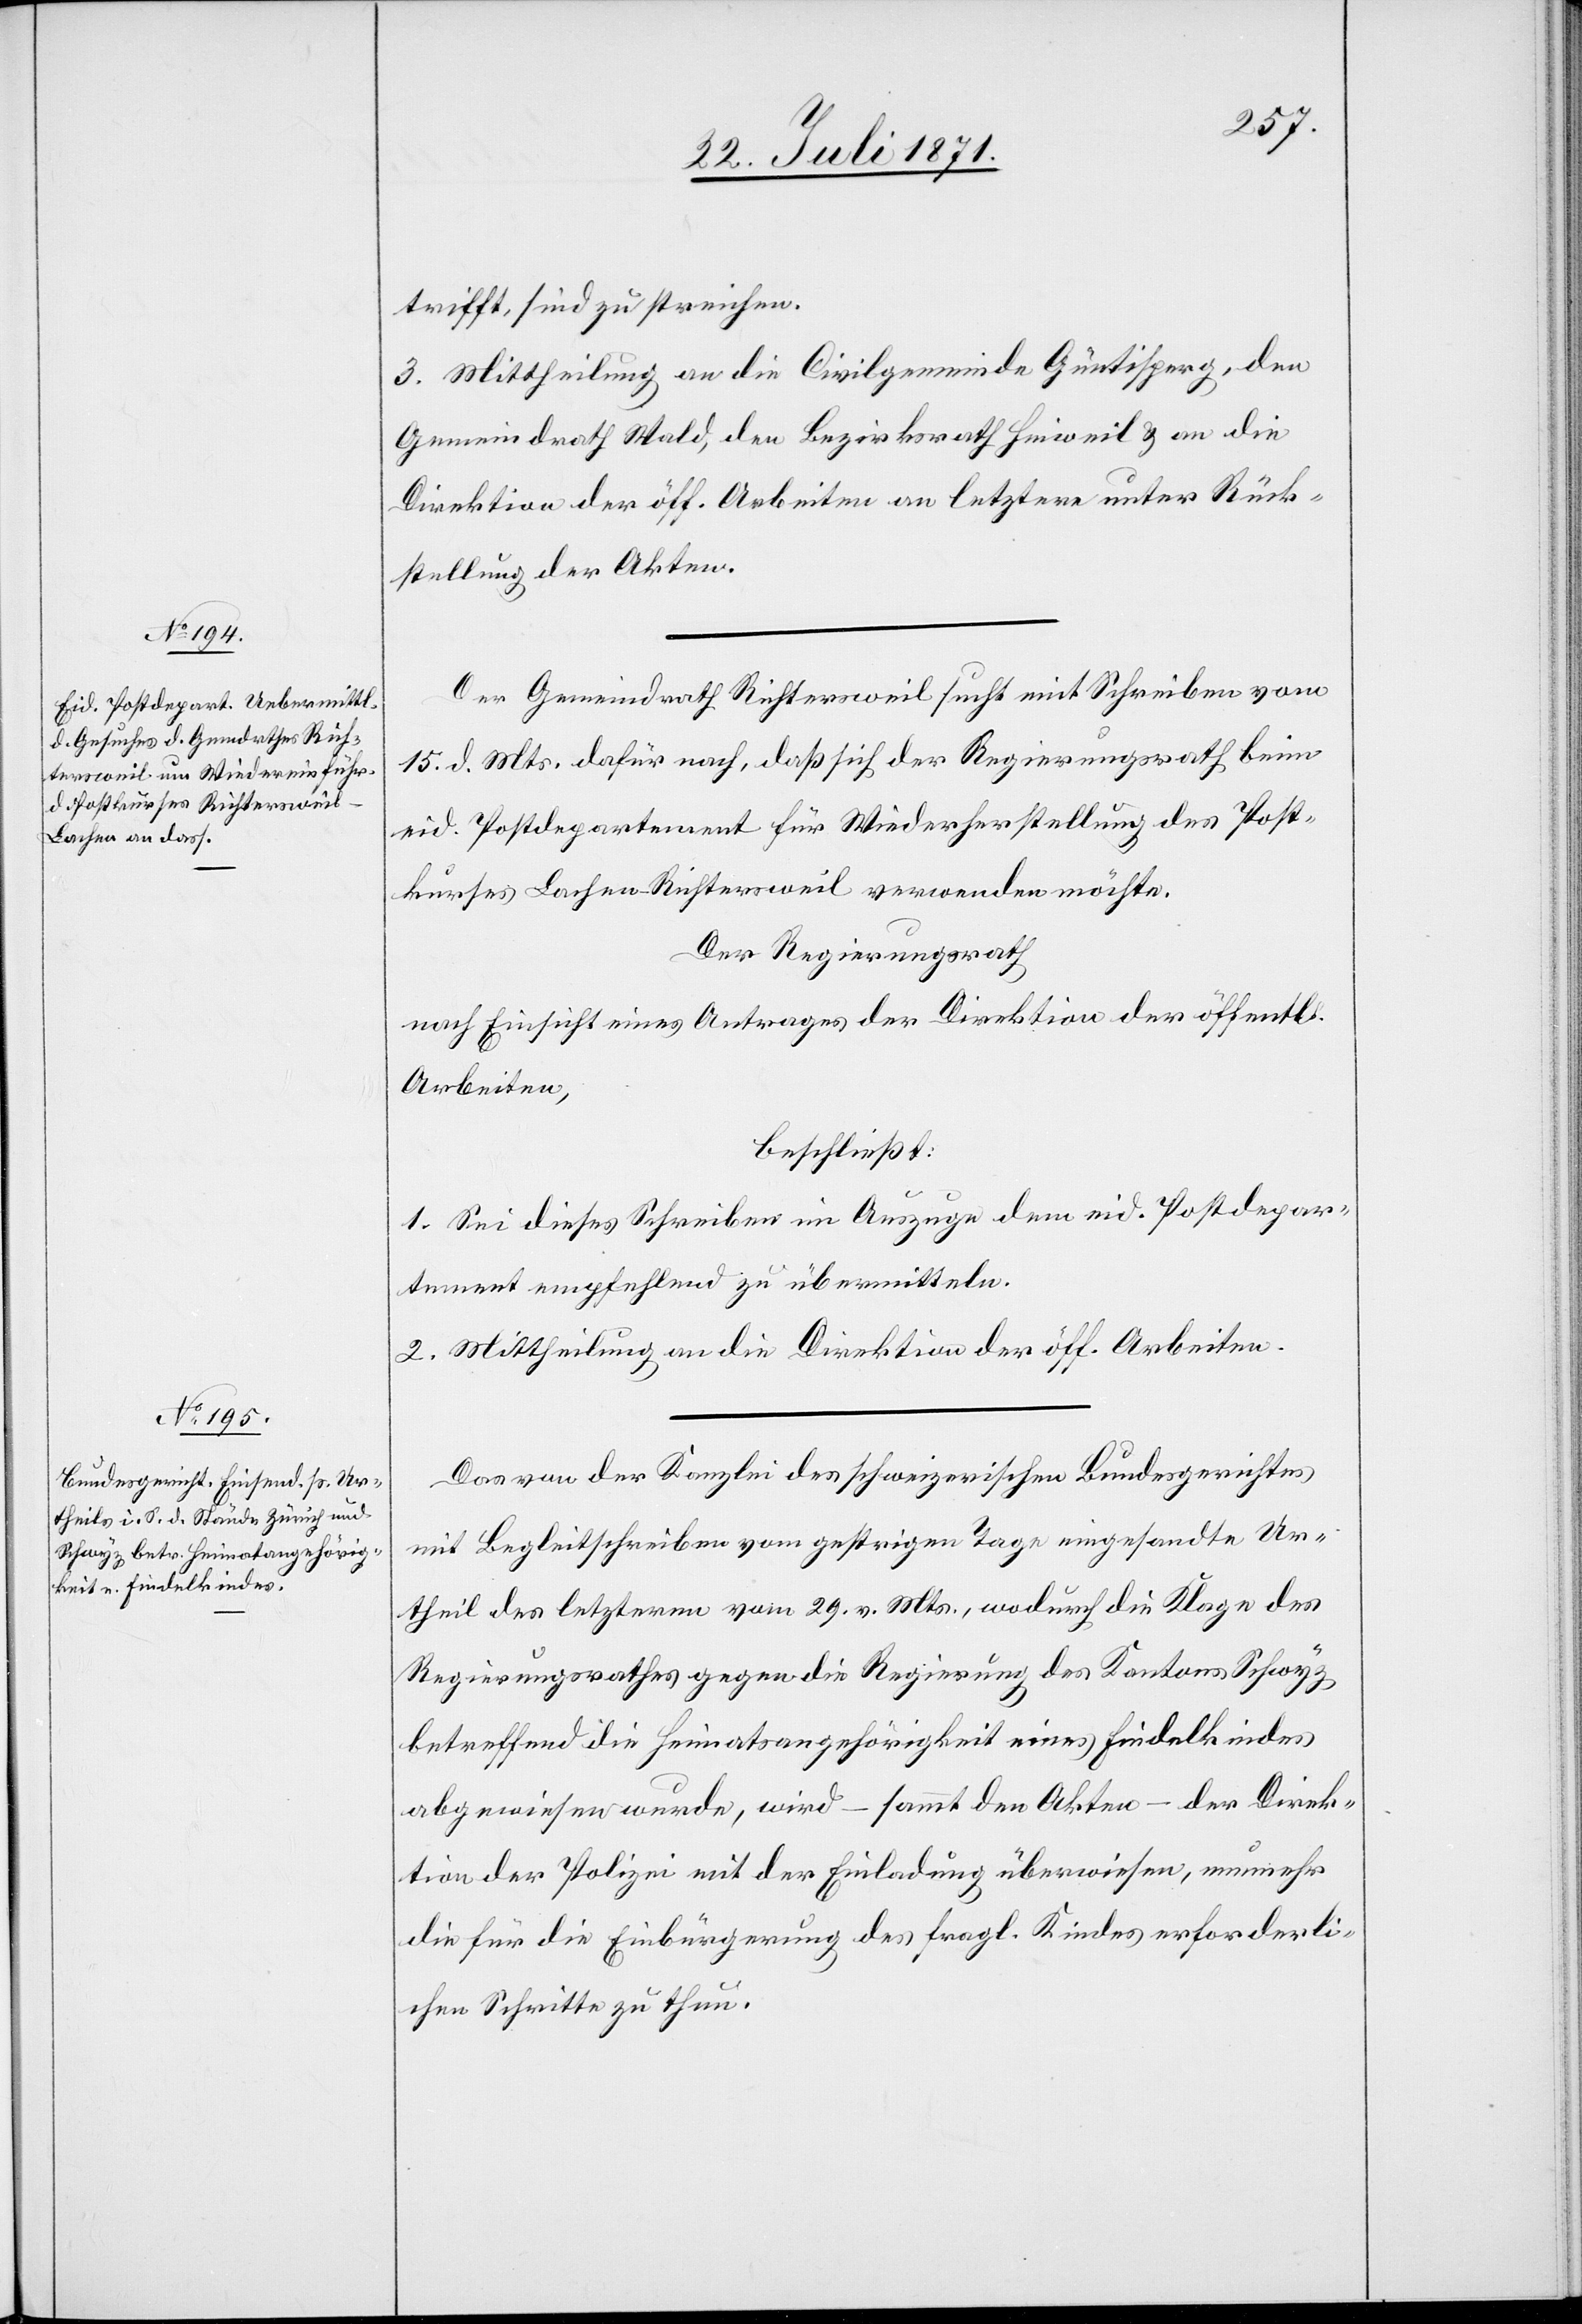
trifft, sind zu streichen.
3. Mittheilung an die Civilgemeinde Güntisperg, den
Gemeindrath Wald, den Bezirksrath Hinweil u. an die
Direktion der öff. Arbeiten an letztere unter Rück¬
stellung der Akten.
Der Gemeindrath Richtersweil sucht mit Schreiben vom
15. d. Mts. dafür nach, daß sich der Regierungsrath beim
eid. Postdepartement für Wiederherstellung des Post¬
kurses Lachen-Richtersweil verwenden möchte.
Der Regierungsrath
nach Einsicht eines Antrages der Direktion der öffentl.
Arbeiten,
beschließt:
1. Sei dieses Schreiben im Auszuge dem eid. Postdepar¬
tement empfehlend zu übermitteln.
2. Mittheilung an die Direktion der öff. Arbeiten.
Das von der Kanzlei des schweizerischen Bundesgerichtes
mit Begleitschreiben vom gestrigen Tage eingesandte Ur¬
theil des letztern vom 29. v. Mts., wodurch die Klage des
Regierungsrathes gegen die Regierung des Kantons Schwyz
betreffend die Heimatsangehörigkeit eines Findelkindes
abgewiesen wurde, wird – sammt den Akten – der Direk¬
tion der Polizei mit der Einladung überwiesen, nunmehr
die für die Einbürgerung des fragl. Kindes erforderli¬
chen Schritte zu thun.